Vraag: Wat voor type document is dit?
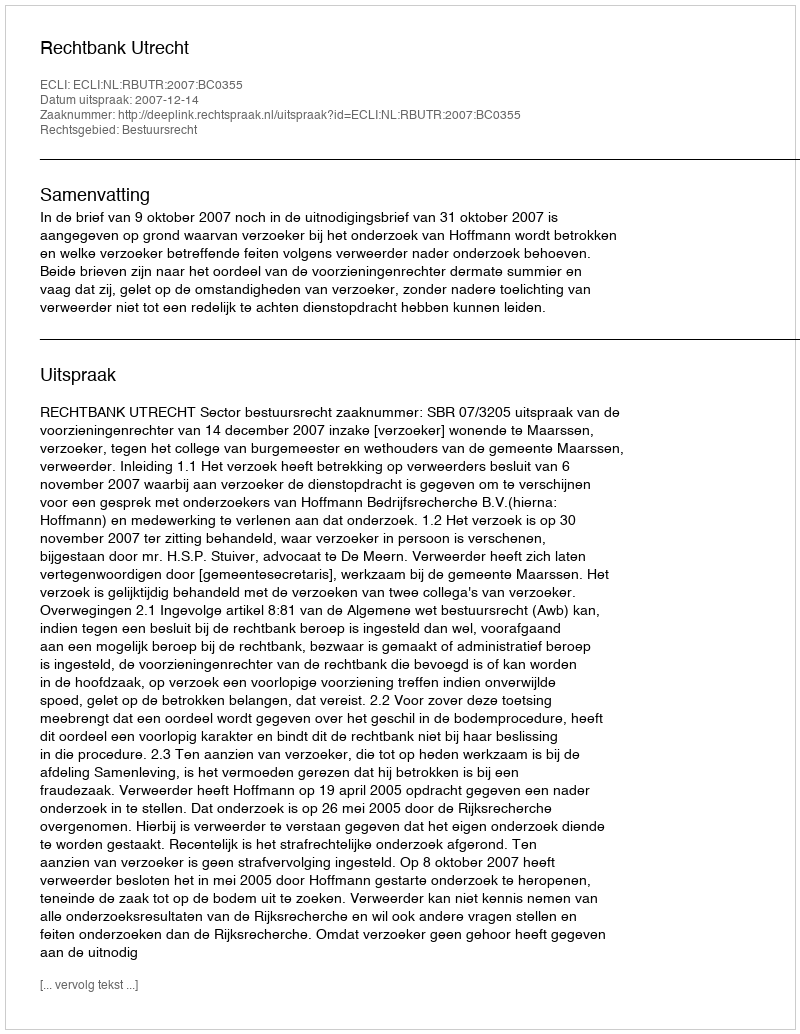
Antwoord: Uitspraak